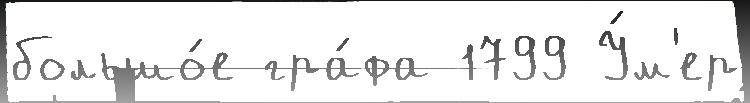
большо́е гра́фа 1799 У́м'ер